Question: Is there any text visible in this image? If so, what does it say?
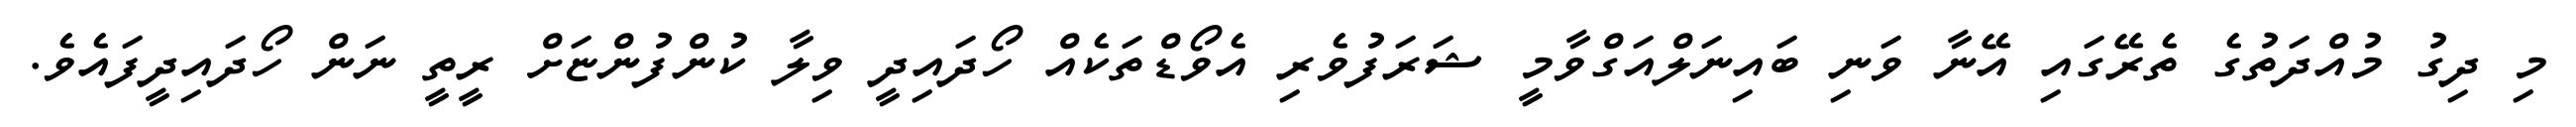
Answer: މި ދިގު މުއްދަތުގެ ތެރޭގައި އޭނާ ވަނި ބައިނަލްއަގްވާމީ ޝަރަފުވެރި އެވޯޑްތަކެއް ހޯދައިދީ ވިލާ ކުންފުންޏަށް ރީތީ ނަން ހޯދައިދީފައެވެ.